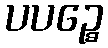
ပပဉ္စေ